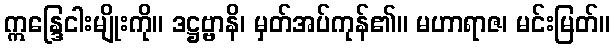
ဣန္ဒြေငါးမျိုးကို။ ဒဋ္ဌဗ္ဗာနိ၊ မှတ်အပ်ကုန်၏။ မဟာရာဇ၊ မင်းမြတ်။